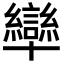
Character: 卛